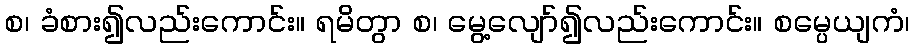
စ၊ ခံစား၍လည်းကောင်း။ ရမိတွာ စ၊ မွေ့လျော်၍လည်းကောင်း။ စမ္ပေယျကံ၊